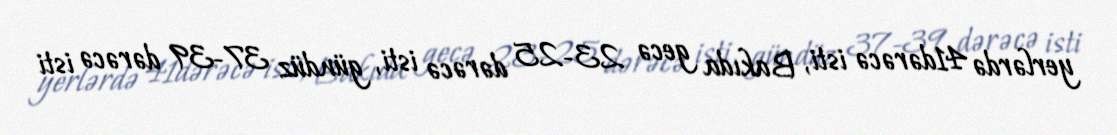
yerlərdə 41dərəcə isti, Bakıda gecə 23-25 dərəcə isti, gündüz 37-39 dərəcə isti